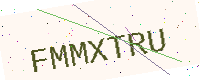
Text: FMMXTRU